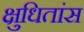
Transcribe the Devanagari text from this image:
क्षुधितांस